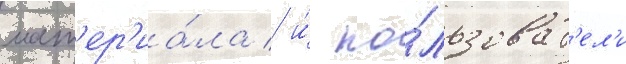
мат'ер'иа́ла / и́ по́льзоват'ел'и